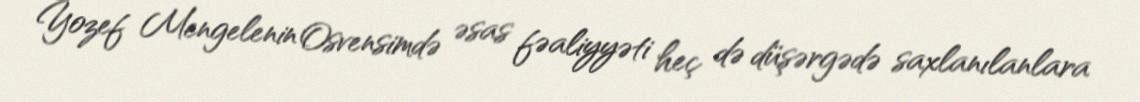
Yozef Mengelenin Osvensimdə əsas fəaliyyəti heç də düşərgədə saxlanılanlara